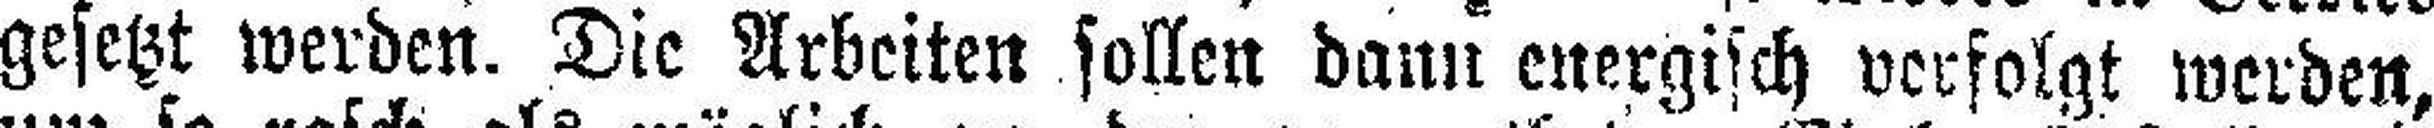
gesetzt werden. Die Arbeiten sollen dann energisch verfolgt werden,